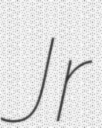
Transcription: Jr